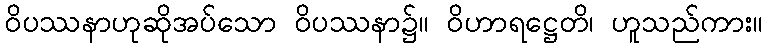
ဝိပဿနာဟုဆိုအပ်သော ဝိပဿနာ၌။ ဝိဟာရဋ္ဌေတိ၊ ဟူသည်ကား။